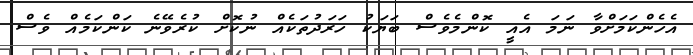
އެހެންކަމަށްވާ ނަމަ އެއީ ކޮންމެވެސް ބަޔަކު ހަރަދުތަކެއް ނުކޮށް ކުރެވޭނެ ކަންކަމެއް ވެސް